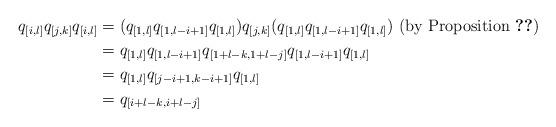
LaTeX: \begin{align*}q_{[i,l]}q_{[j,k]}q_{[i,l]} &= (q_{[1,l]}q_{[1,l-i+1]}q_{[1,l]})q_{[j,k]}(q_{[1,l]}q_{[1,l-i+1]}q_{[1,l]}) \textrm{ (by Proposition \ref{prop:qij})} \\&= q_{[1,l]}q_{[1,l-i+1]}q_{[1+l-k,1+l-j]}q_{[1,l-i+1]}q_{[1,l]} \\ &= q_{[1,l]}q_{[j-i+1,k-i+1]}q_{[1,l]} \\ &= q_{[i+l-k,i+l-j]} \end{align*}